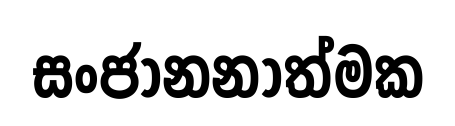
සංජානනාත්මක